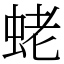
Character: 蛯